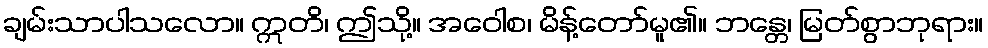
ချမ်းသာပါသလော။ ဣတိ၊ ဤသို့။ အဝေါစ၊ မိန့်တော်မူ၏။ ဘန္တေ၊ မြတ်စွာဘုရား။